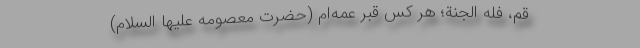
ِقُمَّ، فَلَهُ الجَنَّةُ؛ هر كس قبر عمّه‌ام (حضرت معصومه عليها السلام)